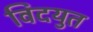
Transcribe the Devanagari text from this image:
विदयुत